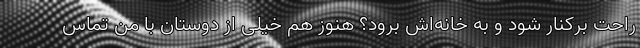
راحت برکنار شود و به خانه‌اش برود؟ هنوز هم خیلی از دوستان با من تماس